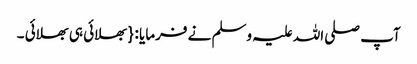
آپ صلی اللہ علیہ وسلم نے فرمایا : { بھلائی ہی بھلائی ۔